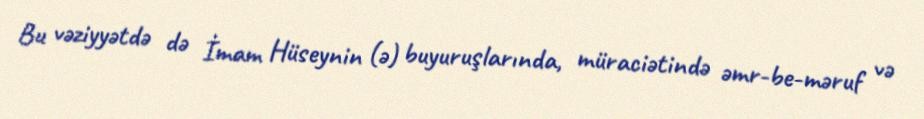
Bu vəziyyətdə də İmam Hüseynin (ə) buyuruşlarında, müraciətində əmr-be-məruf və